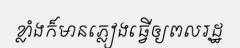
ខ្លាំងក៏មានភ្លៀងធ្វើឲ្យពលរដ្ឋ